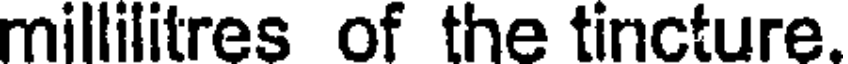
millilitres of the tincture.